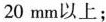
20mm以上；